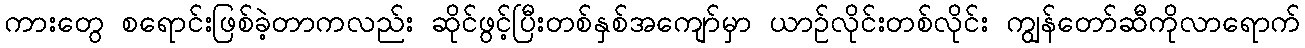
ကားတွေ စရောင်းဖြစ်ခဲ့တာကလည်း ဆိုင်ဖွင့်ပြီးတစ်နှစ်အကျော်မှာ ယာဉ်လိုင်းတစ်လိုင်း ကျွန်တော်ဆီကိုလာရောက်